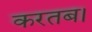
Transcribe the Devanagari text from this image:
करतब।